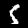
Label: 5